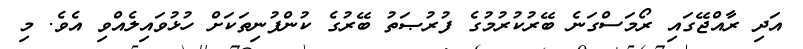
އަދި ރާއްޖޭގައި ރޯމަސްގަނެ ބޭރުކުރުމުގެ ފުރުޞަތު ބޭރުގެ ކުންފުނިތަކަށް ހުޅުވައިލެއްވި އެވެ. މި